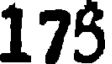
175